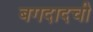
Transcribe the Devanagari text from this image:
बगदादची